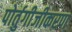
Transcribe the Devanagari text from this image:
पोर्तुगीजीकरण